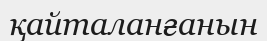
қайталанғанын